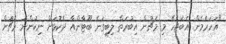
"އަހަރެމެން އެބަޖެހޭ މި މެޗުން އިބުރަތް ލިބިގަނެ ބޫޓާންއާ ދެކޮޅަށް ނިކުންނަ މެޗުަށް